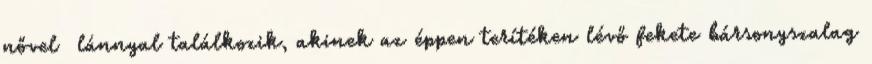
nővel lánnyal találkozik, akinek az éppen terítéken lévő fekete bársonyszalag